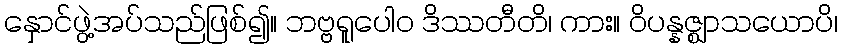
နှောင်ဖွဲ့အပ်သည်ဖြစ်၍။ ဘဗ္ဗရူပေါဝ ဒိဿတီတိ၊ ကား။ ဝိပန္နဇ္ဈာသယောပိ၊